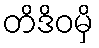
တိဒိဝမှိ